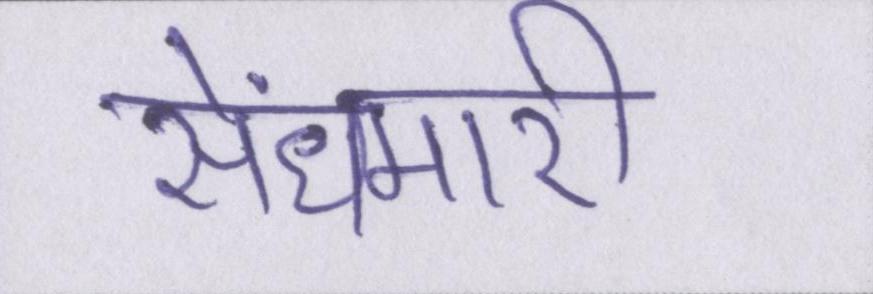
सेंधमारी